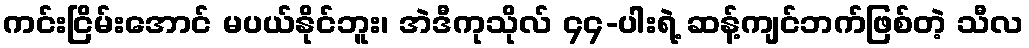
ကင်းငြိမ်းအောင် မပယ်နိုင်ဘူး၊ အဲဒီကုသိုလ် ၄၄-ပါးရဲ့ ဆန့်ကျင်ဘက်ဖြစ်တဲ့ သီလ